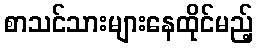
စာသင်သားများနေထိုင်မည့်